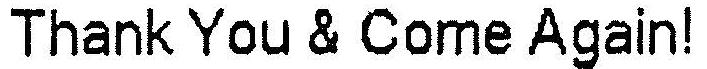
THANK YOU & COME AGAIN!